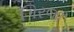
ગિરજા